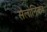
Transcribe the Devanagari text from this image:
सेलोनिका